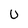
Character: U